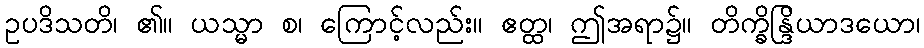
ဥပဒိသတိ၊ ၏။ ယသ္မာ စ၊ ကြောင့်လည်း။ ဧတ္ထ၊ ဤအရာ၌။ တိက္ခိန္ဒြိယာဒယော၊